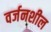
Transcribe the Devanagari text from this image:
वर्जनशील